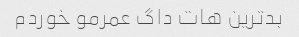
بدترین هات داگ عمرمو خوردم